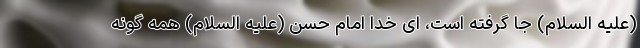
(علیه السلام) جا گرفته است، ای خدا امام حسن (علیه السلام) همه گونه